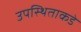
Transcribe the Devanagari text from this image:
उपस्थिताकडे